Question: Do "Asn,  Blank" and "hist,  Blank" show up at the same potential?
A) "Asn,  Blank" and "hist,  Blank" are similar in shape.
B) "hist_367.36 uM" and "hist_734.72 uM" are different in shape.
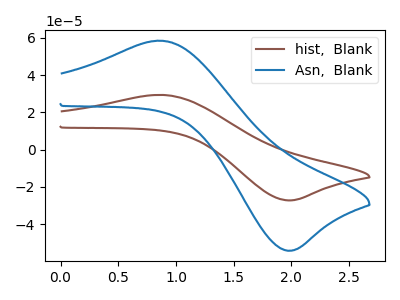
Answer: <think>The brown curve "hist,  Blank" has an anodic peak at (0.85V, 29.35uA) and a cathodic peak at (2.00V, -27.25uA). The blue curve "Asn,  Blank" has an anodic peak at (0.85V, 58.45uA) and a cathodic peak at (2.00V, -54.25uA).
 All the peaks in "Asn,  Blank" have a peak in "hist,  Blank" at the same potential. Every peak in "Asn,  Blank" is higher than every peak in "hist,  Blank".</think>
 <answer>A) "Asn,  Blank" and "hist,  Blank" are similar in shape.</answer>
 <eval>A</eval>